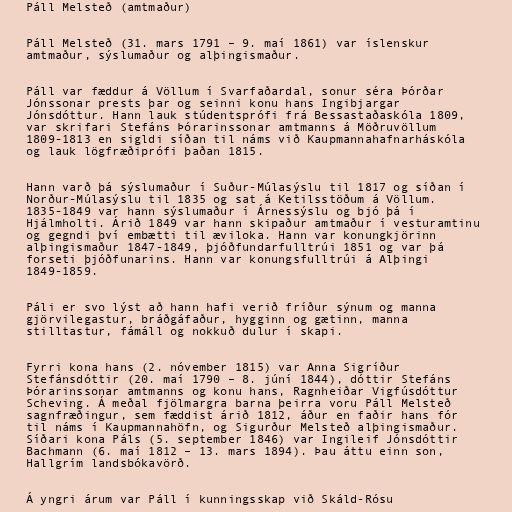
Páll Melsteð (amtmaður)

Páll Melsteð (31. mars 1791 – 9. maí 1861) var íslenskur
amtmaður, sýslumaður og alþingismaður.

Páll var fæddur á Völlum í Svarfaðardal, sonur séra Þórðar
Jónssonar prests þar og seinni konu hans Ingibjargar
Jónsdóttur. Hann lauk stúdentsprófi frá Bessastaðaskóla 1809,
var skrifari Stefáns Þórarinssonar amtmanns á Möðruvöllum
1809-1813 en sigldi síðan til náms við Kaupmannahafnarháskóla
og lauk lögfræðiprófi þaðan 1815.

Hann varð þá sýslumaður í Suður-Múlasýslu til 1817 og síðan í
Norður-Múlasýslu til 1835 og sat á Ketilsstöðum á Völlum.
1835-1849 var hann sýslumaður í Árnessýslu og bjó þá í
Hjálmholti. Árið 1849 var hann skipaður amtmaður í vesturamtinu
og gegndi því embætti til æviloka. Hann var konungkjörinn
alþingismaður 1847-1849, þjóðfundarfulltrúi 1851 og var þá
forseti þjóðfunarins. Hann var konungsfulltrúi á Alþingi
1849-1859.

Páli er svo lýst að hann hafi verið fríður sýnum og manna
gjörvilegastur, bráðgáfaður, hygginn og gætinn, manna
stilltastur, fámáll og nokkuð dulur í skapi.

Fyrri kona hans (2. nóvember 1815) var Anna Sigríður
Stefánsdóttir (20. maí 1790 – 8. júní 1844), dóttir Stefáns
Þórarinssonar amtmanns og konu hans, Ragnheiðar Vigfúsdóttur
Scheving. Á meðal fjölmargra barna þeirra voru Páll Melsteð
sagnfræðingur, sem fæddist árið 1812, áður en faðir hans fór
til náms í Kaupmannahöfn, og Sigurður Melsteð alþingismaður.
Síðari kona Páls (5. september 1846) var Ingileif Jónsdóttir
Bachmann (6. maí 1812 – 13. mars 1894). Þau áttu einn son,
Hallgrím landsbókavörð.

Á yngri árum var Páll í kunningsskap við Skáld-Rósu